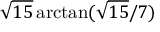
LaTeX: { \sqrt { 1 5 } } \arctan ( { { \sqrt { 1 5 } } / 7 } )